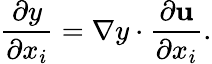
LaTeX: {\frac{\partial y}{\partial x_{i}}}=\nabla y\cdot{\frac{\partial\mathbf{u}}{\partial x_{i}}}.